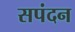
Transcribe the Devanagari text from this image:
सपंदन